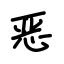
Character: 恶